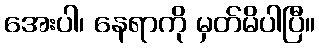
အေးပါ၊ နေရာကို မှတ်မိပါပြီ။